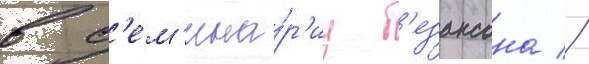
в с'ем'ина́р'иу б'езансона //